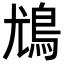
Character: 𩾵